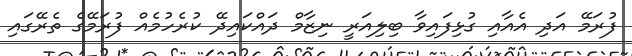
ފުރަމޭ އަދި އެއާއި ގުޅިފައިވާ ބިލިއަރީ ނިޒާމް ދައްކައިދޭ ކުރެހުމެއް ފުރަމޭގެ ތެރޭގައި